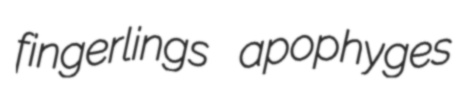
fingerlings apophyges